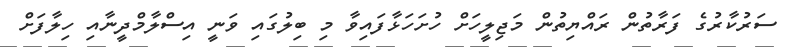
ސަރުކާރުގެ ފަރާތުން ރައްޔިތުން މަޖިލީހަށް ހުށަހަޅާފައިވާ މި ބިލުގައި ވަނީ އިސްލާމްދީނާއި ހިލާފަށް